Civil Veterinary Department Bihar reports 1940-50 - 1940-1950
Year: 1940
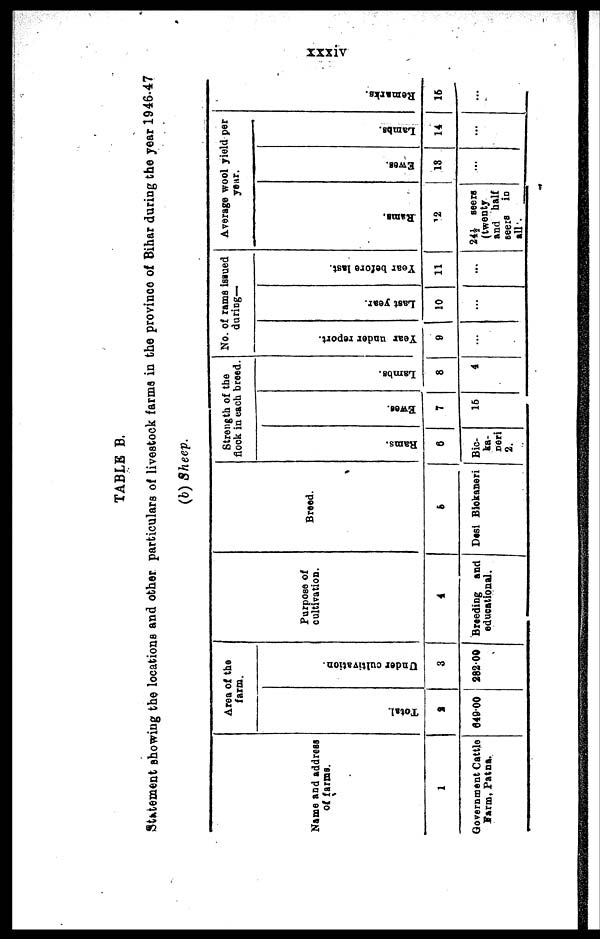
xxxiv
TABLE B.
Statement showing the locations and other particulars of livestock farms in the province of Bihar during the year 1946-47
(6) Sheep.
Name and address
of farms.
1
Government Cattle
Farm, Patna.
Area of the
farm.
Total.
2
649.00
Under cultivation.
3
28200
Purpose of
cultivation.
4
Breeding and
educational.
Breed.
5
Desi Bickaneri
Strength of the
flock in each breed.
Rams.
6
Bio-
ka-
neri
2.
Ewes.
7
16
Lambs.
8
4
No. of rams issued
during—
Year under report.
9
...
Last year.
10
...
Year before last.
11
...
Average wool yield per
year.
Rams.
12
24½ seers
(twenty
and half
seers in
all .
Ewes.
13
...
Lambs.
14
...
Re ma r
ks .
16
...